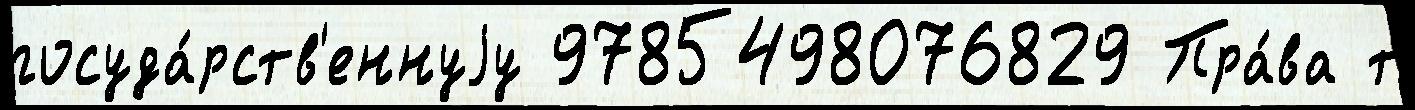
госуда́рств'еннуjу 9785498076829 Пра́ва т